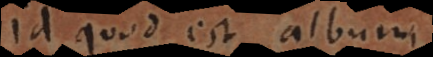
Id quod est album,